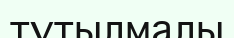
тұтылмалы